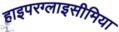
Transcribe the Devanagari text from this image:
हाइपरग्लाइसीमिया